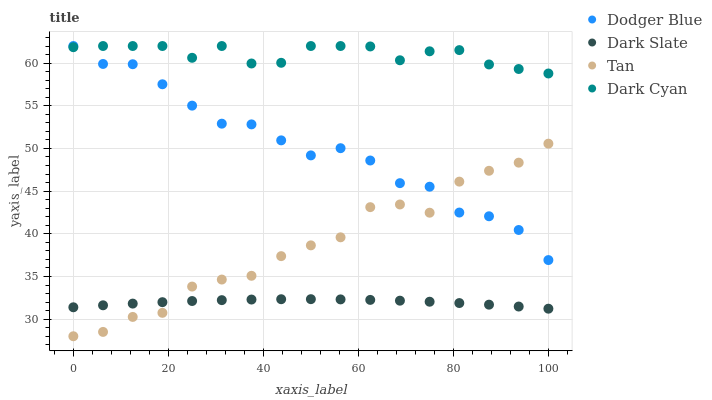
| xaxis_label | Dodger Blue | Dark Slate | Tan | Dark Cyan |
 | --- | --- | --- | --- | --- |
 | 0 | 62 | 31.4 | 28 | 61.9 |
 | 6.25 | 59.9 | 31.6 | 28.5 | 62 |
 | 12.5 | 59.9 | 31.8 | 30.3 | 62 |
 | 18.8 | 57.5 | 32 | 30.7 | 62 |
 | 25 | 55 | 32.1 | 33.8 | 60.6 |
 | 31.2 | 52.9 | 32.2 | 34.6 | 62 |
 | 37.5 | 52.8 | 32.3 | 35.1 | 60 |
 | 43.8 | 50.9 | 32.3 | 37.4 | 60 |
 | 50 | 49.2 | 32.3 | 38.6 | 62 |
 | 56.2 | 50 | 32.3 | 39.6 | 62 |
 | 62.5 | 48.6 | 32.3 | 43.1 | 61.9 |
 | 68.8 | 45.9 | 32.2 | 43.4 | 60.3 |
 | 75 | 45.5 | 32 | 42.5 | 61.4 |
 | 81.2 | 42.5 | 31.9 | 46.1 | 61.5 |
 | 87.5 | 42.1 | 31.7 | 47.4 | 59.8 |
 | 93.8 | 40.4 | 31.5 | 48.3 | 59.3 |
 | 100 | 36.9 | 31.2 | 50.6 | 58.8 |